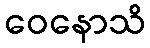
ဝေနောသိ